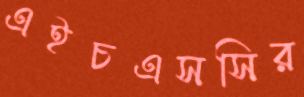
এইচএসসির